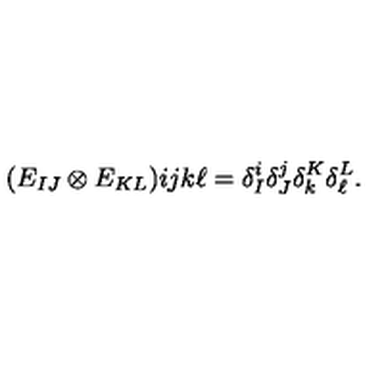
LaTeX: \begin{matrix} { ( E _ { I J } \otimes E _ { K L } ) } \\ \end{matrix} { i j } { k \ell } = \delta _ { I } ^ { i } \delta _ { J } ^ { j } \delta _ { k } ^ { K } \delta _ { \ell } ^ { L } .